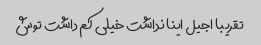
تقریبا اجیل اینا نداشت خیلی کم داشت توش